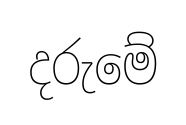
දරුමේ